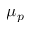
\mu _ { p }